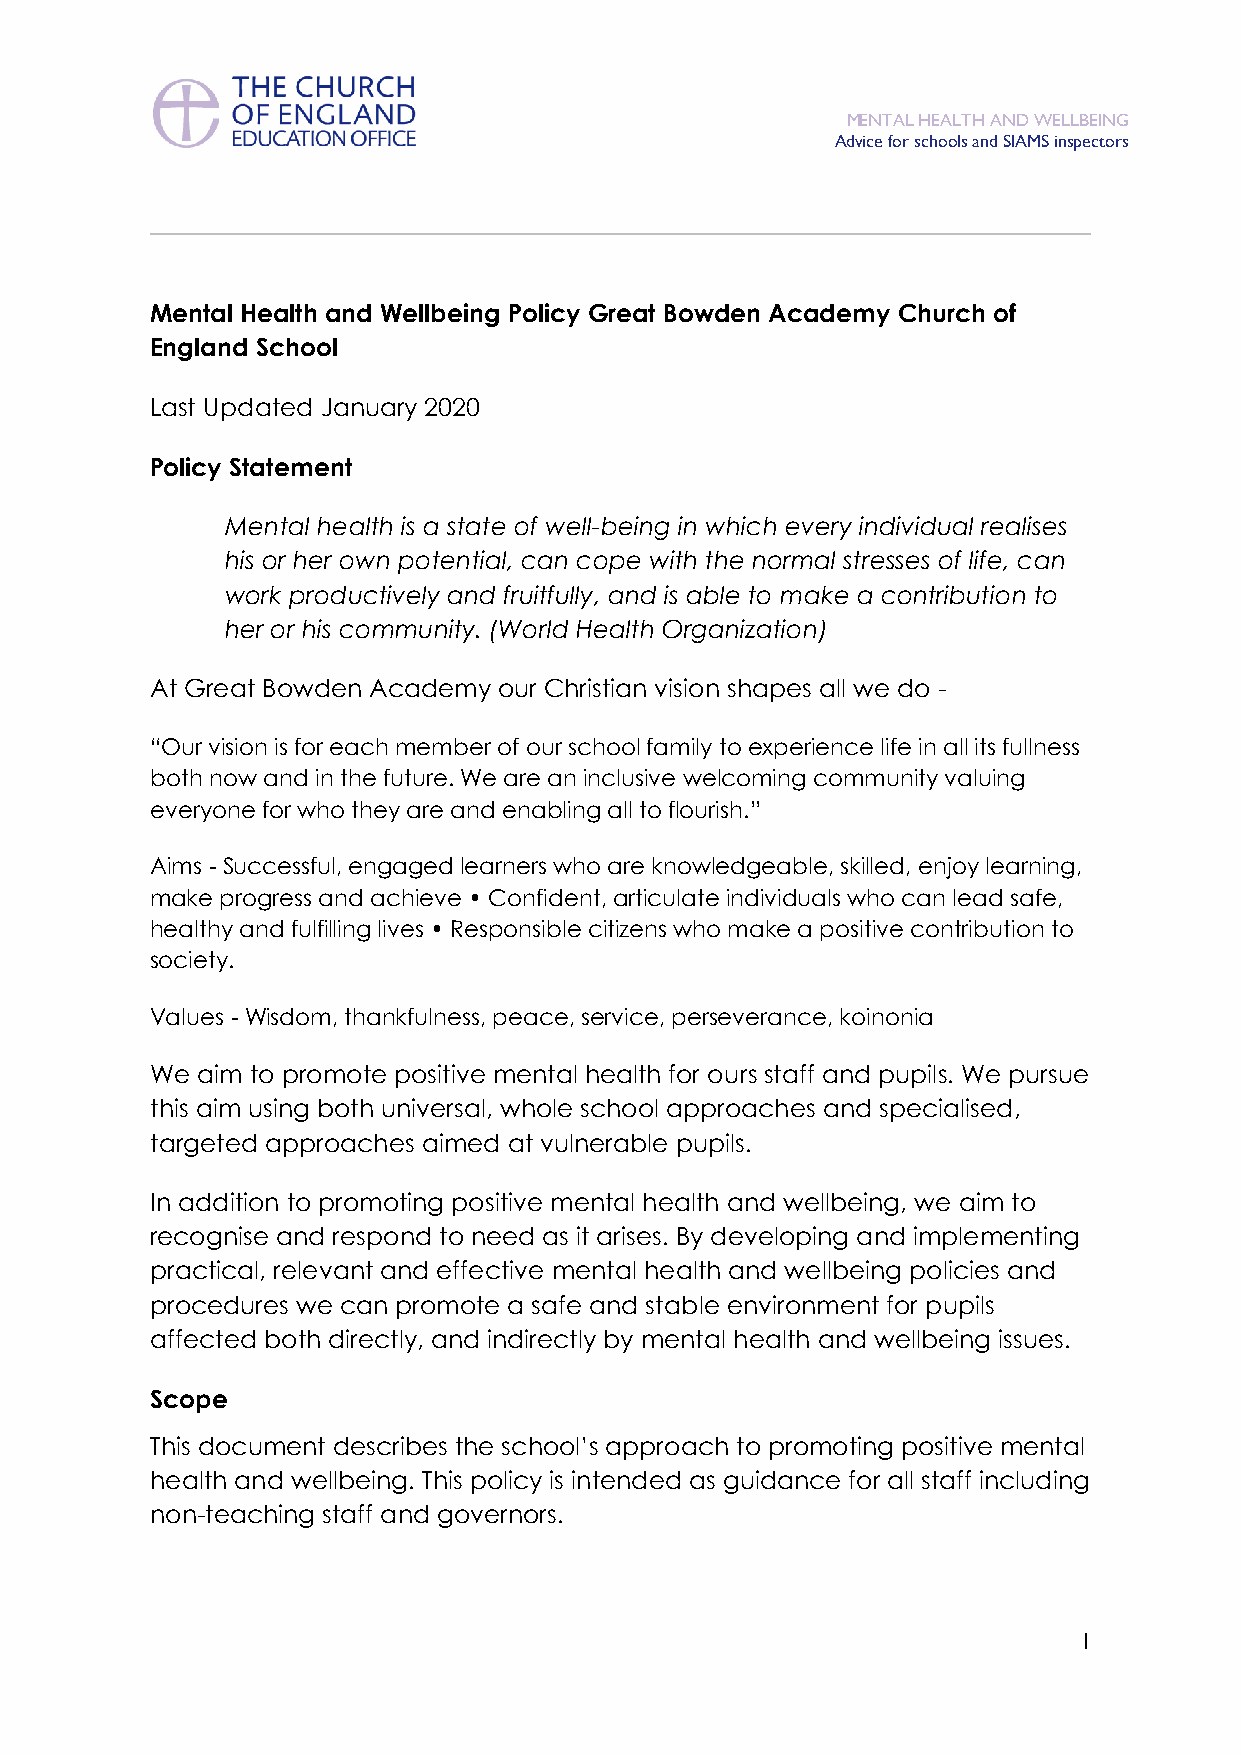
MENTAL HEALTH AND WELLBEING
 Advice for schools and SIAMS inspectors
 Mental Health and Wellbeing Policy Great Bowden Academy Church of
 England School
 Last Updated January 2020
 Policy Statement
 Mental health is a state of well-being in which every individual realises
 his or her own potential, can cope with the normal stresses of life, can
 work productively and fruitfully, and is able to make a contribution to
 her or his community. (World Health Organization)
 At Great Bowden Academy our Christian vision shapes all we do -
 “Our vision is for each member of our school family to experience life in all its fullness
 both now and in the future. We are an inclusive welcoming community valuing
 everyone for who they are and enabling all to flourish.”
 Aims - Successful, engaged learners who are knowledgeable, skilled, enjoy learning,
 make progress and achieve • Confident, articulate individuals who can lead safe,
 healthy and fulfilling lives • Responsible citizens who make a positive contribution to
 society.
 Values - Wisdom, thankfulness, peace, service, perseverance, koinonia
 We aim to promote positive mental health for ours staff and pupils. We pursue
 this aim using both universal, whole school approaches and specialised,
 targeted approaches aimed at vulnerable pupils.
 In addition to promoting positive mental health and wellbeing, we aim to
 recognise and respond to need as it arises. By developing and implementing
 practical, relevant and effective mental health and wellbeing policies and
 procedures we can promote a safe and stable environment for pupils
 affected both directly, and indirectly by mental health and wellbeing issues.
 Scope
 This document describes the school’s approach to promoting positive mental
 health and wellbeing. This policy is intended as guidance for all staff including
 non-teaching staff and governors.
 1